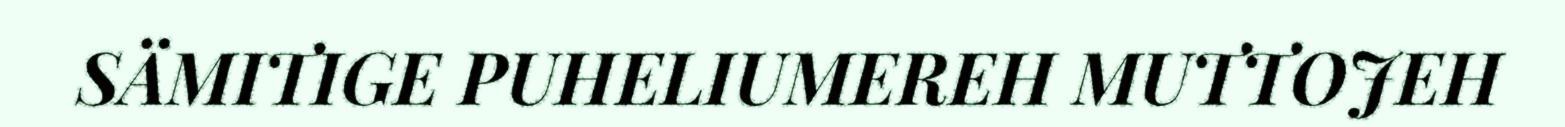
SÄMITIGE PUHELIUMEREH MUTTOJEH